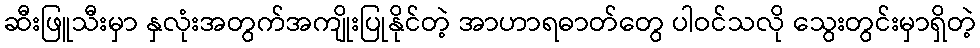
ဆီးဖြူသီးမှာ နှလုံးအတွက်အကျိုးပြုနိုင်တဲ့ အာဟာရဓာတ်တွေ ပါဝင်သလို သွေးတွင်းမှာရှိတဲ့